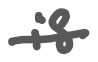
Text: is
Cross-out: single-line
Writing tool: digital_gray